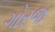
ગોરજ